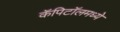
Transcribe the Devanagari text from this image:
कॅपिटॉलमध्ये